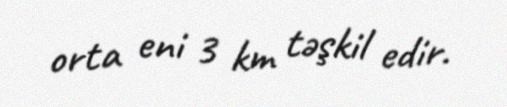
orta eni 3 km təşkil edir.